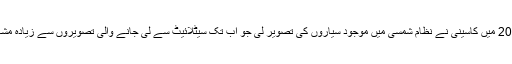
سنہ 2006 میں کاسینی نے نظام شمسی میں موجود سیاروں کی تصویر لی جو اب تک سیٹلائیٹ سے لی جانے والی تصویروں سے زیادہ مشہور ہے۔